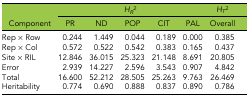
|  | <COLSPAN=5> HR2 | HT2 |
 | Component | PR | ND | POP | CIT | PAL | Overall |
 | --- | --- | --- | --- | --- | --- | --- |
 | Rep × Row | 0.244 | 1.449 | 0.044 | 0.189 | 0.000 | 0.385 |
 | Rep × Col | 0.572 | 0.522 | 0.542 | 0.383 | 0.165 | 0.437 |
 | Site × RIL | 12.846 | 36.015 | 25.323 | 21.148 | 8.691 | 20.805 |
 | Error | 2.939 | 14.227 | 2.596 | 3.543 | 0.907 | 4.842 |
 | Total | 16.600 | 52.212 | 28.505 | 25.263 | 9.763 | 26.469 |
 | Heritability | 0.774 | 0.690 | 0.888 | 0.837 | 0.890 | 0.786 |